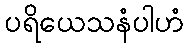
ပရိယေသနံပါဟံ